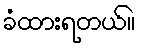
ခံထားရတယ်။